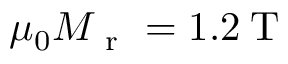
\mu _ { 0 } M _ { \mathrm { ~ r ~ } } = 1 . 2 \: \mathrm { T }